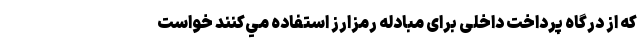
كه از درگاه پرداخت داخلی برای مبادله رمزارز استفاده مي‌كنند خواست